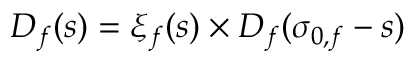
D _ { f } ( s ) = \xi _ { f } ( s ) \times D _ { f } ( \sigma _ { 0 , f } - s )